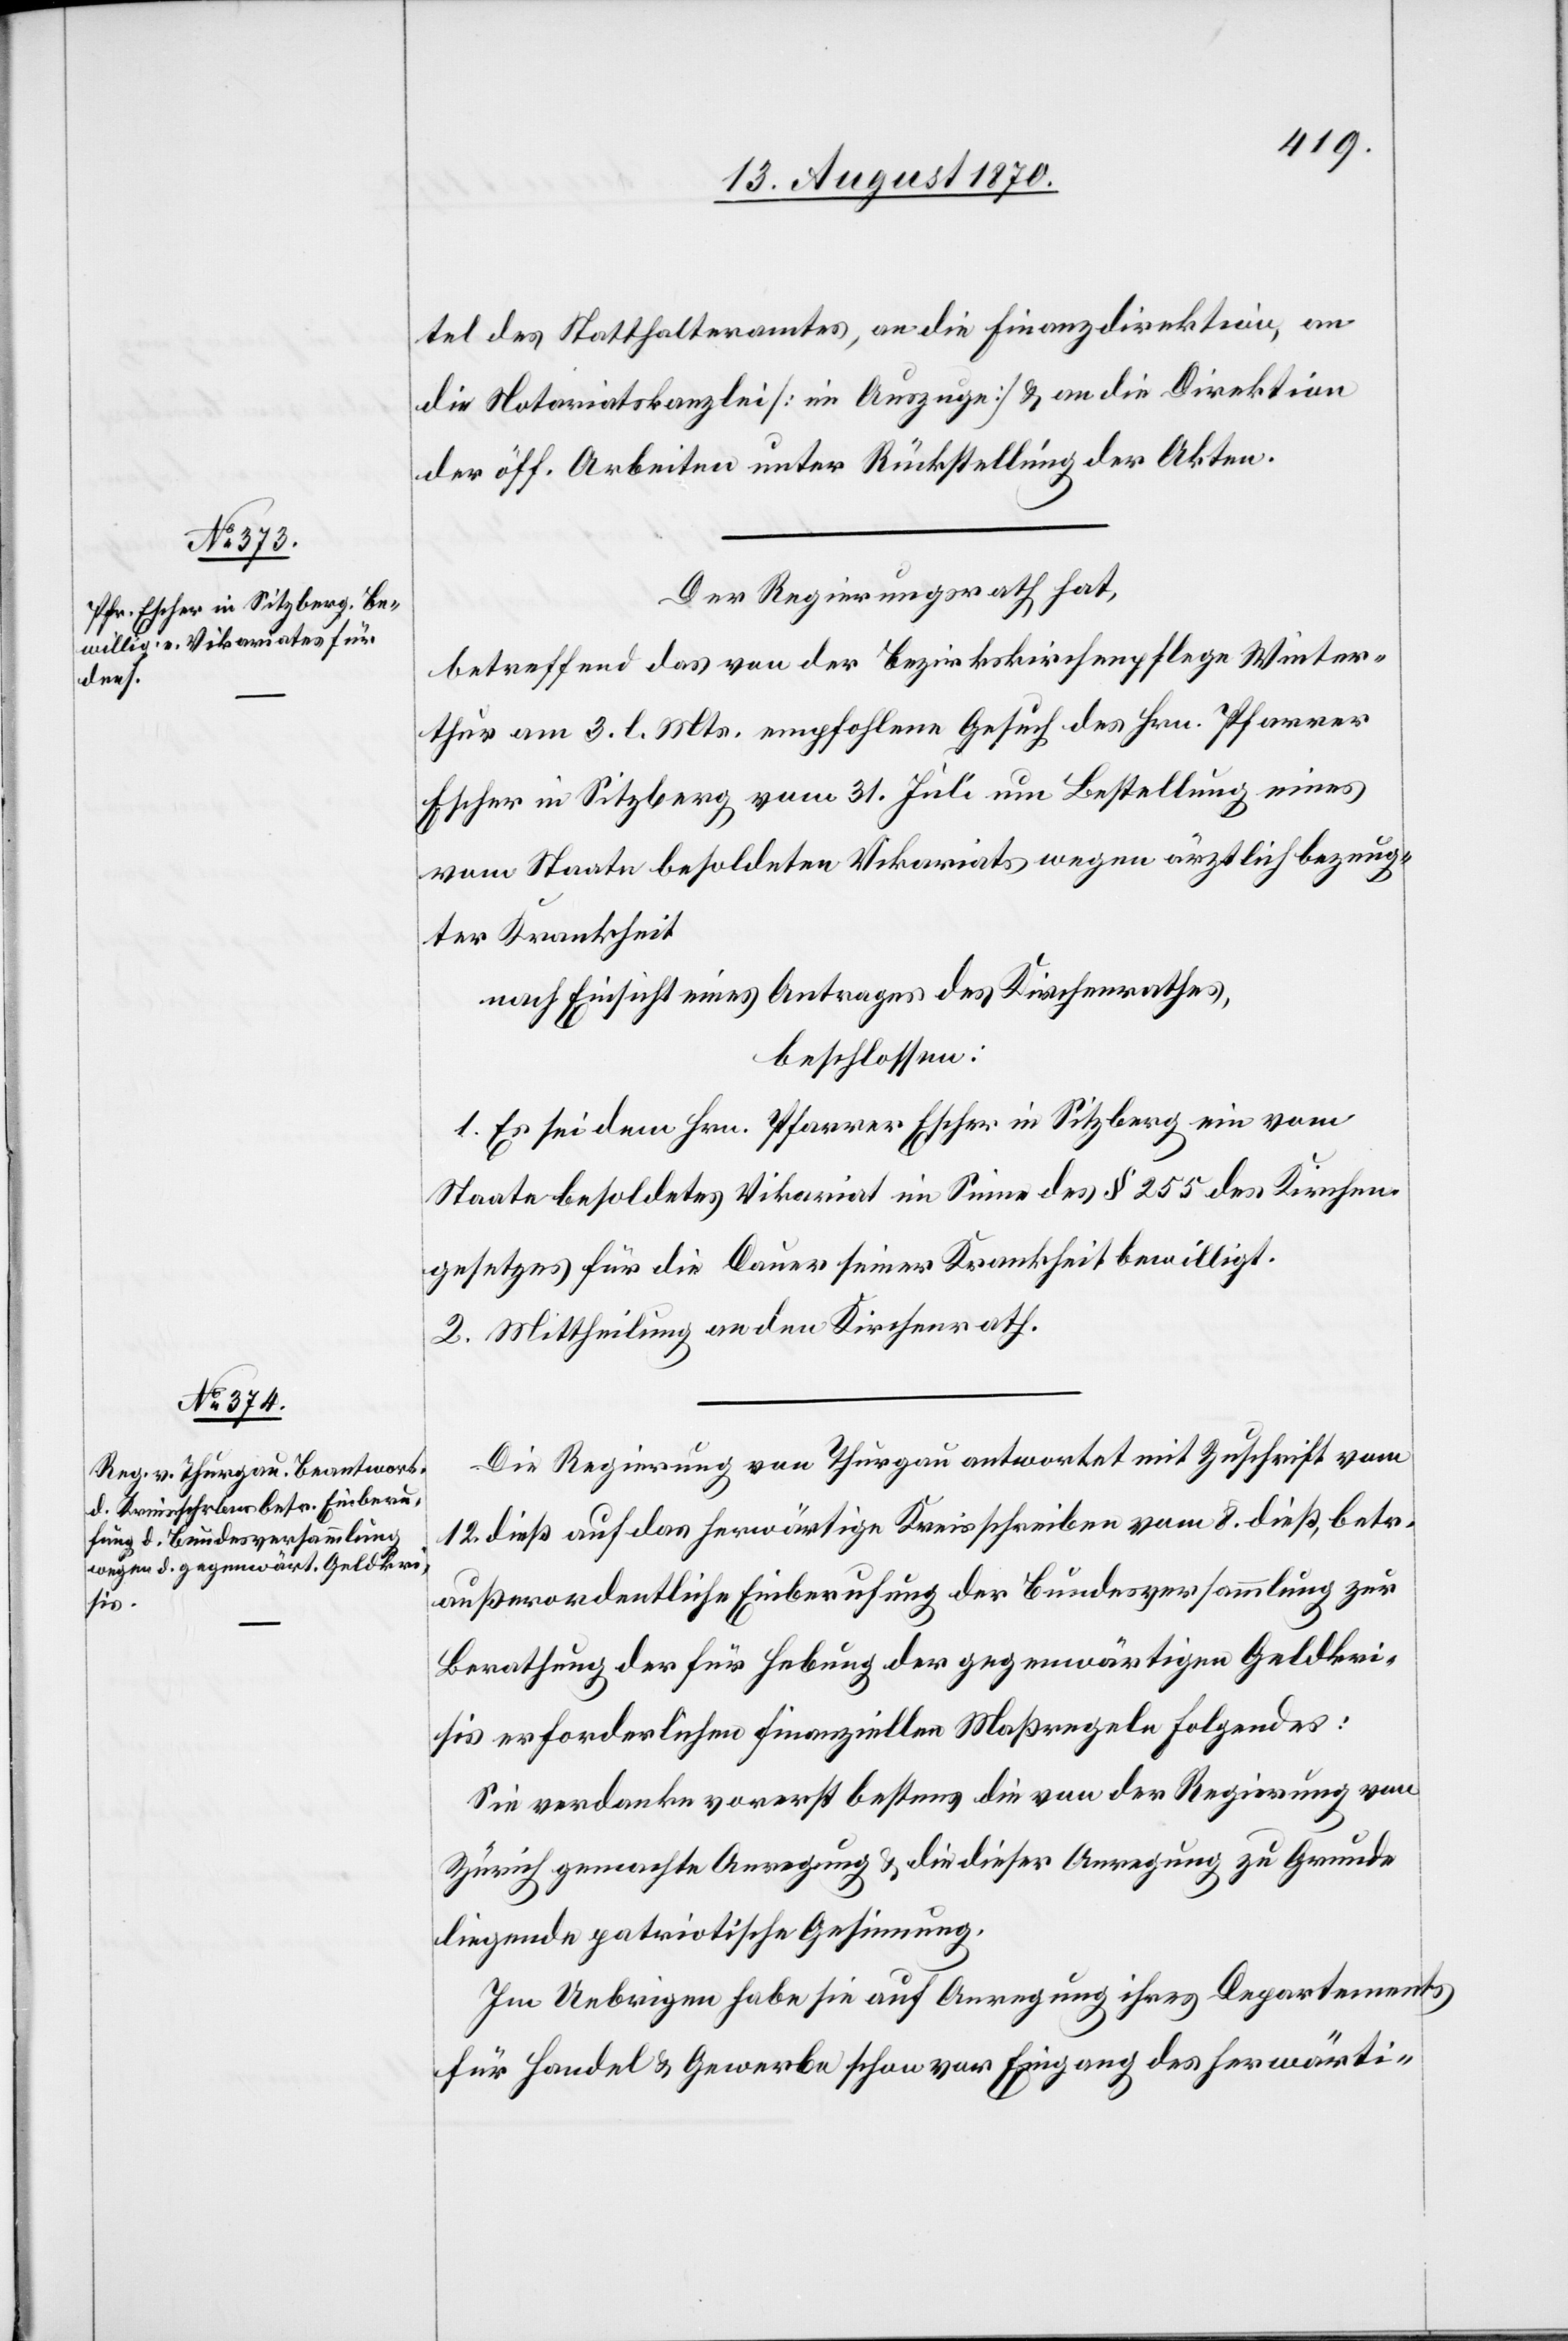
tel des Statthalteramtes, an die Finanzdirektion, an
die Notariatskanzlei [im Auszuge] & an die Direktion
der öff. Arbeiten unter Rückstellung der Akten.
Der Regierungsrath hat,
betreffend das von der Bezirkskirchenpflege Winter¬
thur am 3. l. Mts. empfohlene Gesuch des Hrn. Pfarrer
Escher in Sitzberg vom 31. Juli um Bestellung eines
vom Staate besoldeten Vikariats wegen ärztlich bezeug¬
ter Krankheit
nach Einsicht eines Antrages des Kirchenrathes,
beschlossen:
1. Es sei dem Hrn. Pfarrer Escher in Sitzberg ein vom
Staate besoldetes Vikariat im Sinne des § 255 des Kirch¬
gesetzes für die Dauer seiner Krankheit bewilligt.
2. Mittheilung an den Kirchenrath.
Die Regierung von Thurgau antwortet mit Zuschrift vom
12. dieß auf das herwärtige Kreisschreiben vom 8. dieß, betr.
außerordentliche Einberufung der Bundesversammlung zur
Berathung der für Hebung der gegenwärtigen Geldkri¬
sis erforderlichen finanziellen Maßregeln folgendes:
Sie verdanke vorerst bestens die von der Regierung von
Zürich gemachte Anregung & die dieser Anregung zu Grunde
liegende patriotische Gesinnung.
Im Uebrigen habe sie auf Anregung ihres Departements
für Handel & Gewerbe schon vor Eingang des herwärti-